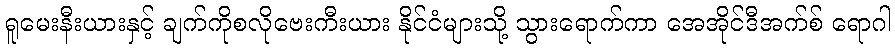
ရူမေးနီးယားနှင့် ချက်ကိုစလိုဗေးကီးယား နိုင်ငံများသို့ သွားရောက်ကာ အေအိုင်ဒီအက်စ် ရောဂါ